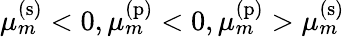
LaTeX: \mu_{m}^{\mathrm{(s)}}<0,\mu_{m}^{\mathrm{(p)}}<0,\mu_{m}^{\mathrm{(p)}}>\mu_{m}^{\mathrm{(s)}}